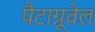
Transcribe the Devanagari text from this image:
पैटाग्रूवेल